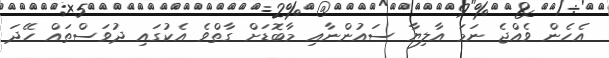
އެހެން ވެއްޖެ ނަމަ އާލިޔާ ސައުންނާއި މާބޮޑަށް ގާތްވެ އެކުގައި ދުވަސްތައް ހޭދަ